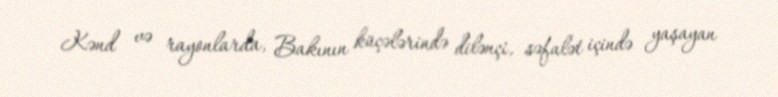
Kənd və rayonlarda, Bakının küçələrində dilənçi, səfalət içində yaşayan